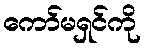
ကော်မရှင်ကို